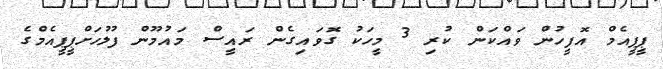
ޕީޕީއެމް އޮފީހުން ވައްކަން ކުރި 3 މީހަކު ގޮވައިގެން ރައީސް މައުމޫން ފުލުހަށްޕީޕީއެމްގެ